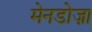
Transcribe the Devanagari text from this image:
मेनडोज़ा